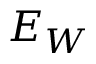
E _ { W }